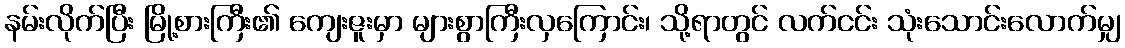
နမ်းလိုက်ပြီး မြို့စားကြီး၏ ကျေးဇူးမှာ များစွာကြီးလှကြောင်း၊ သို့ရာတွင် လက်ငင်း သုံးသောင်းလောက်မျှ